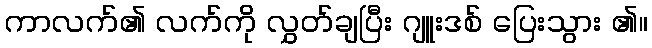
ကာလက်၏ လက်ကို လွှတ်ချပြီး ဂျူးဒစ် ပြေးသွား ၏။